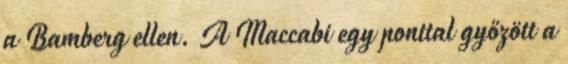
a Bamberg ellen. A Maccabi egy ponttal győzött a